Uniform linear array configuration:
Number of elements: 24
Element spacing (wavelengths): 0.75
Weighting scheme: exponential
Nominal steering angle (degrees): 30
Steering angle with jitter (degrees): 28.613
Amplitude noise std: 0.05
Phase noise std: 0.05

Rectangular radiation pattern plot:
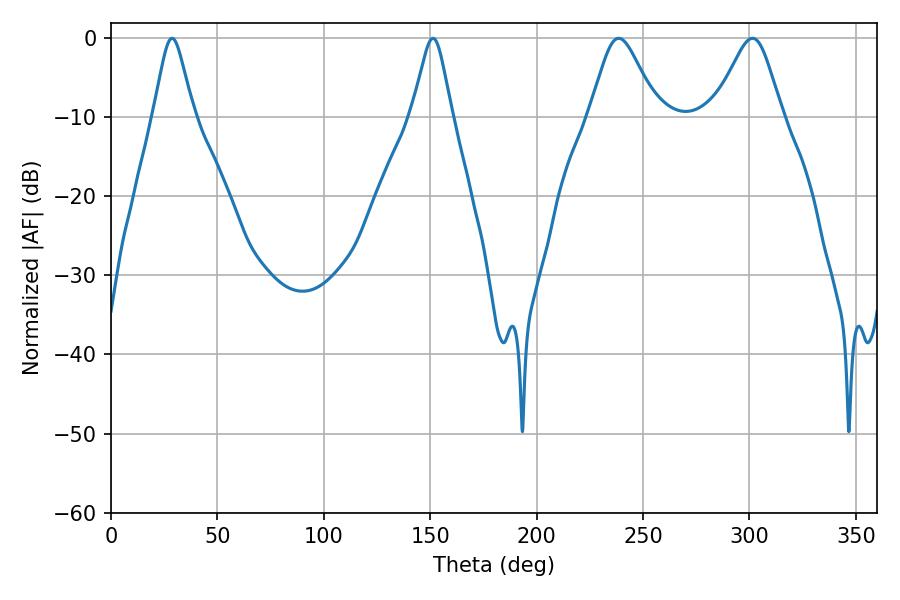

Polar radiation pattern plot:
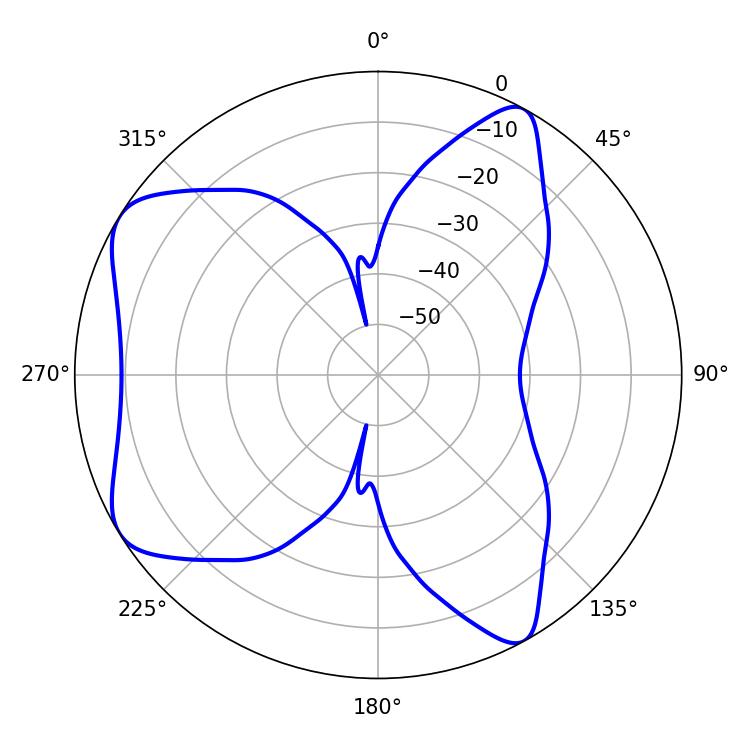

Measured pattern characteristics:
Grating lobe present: TRUE
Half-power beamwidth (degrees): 15.48
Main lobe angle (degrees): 238.5